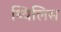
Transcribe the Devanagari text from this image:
थ्‍विलिस